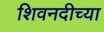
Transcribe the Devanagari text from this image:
शिवनदीच्या